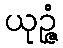
ယုဉ္ဇံ